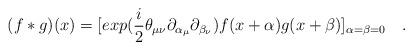
LaTeX: \begin{align*}(f*g)(x) = [exp(\frac{i}{2} \theta_{\mu \nu}\partial_{\alpha_{\mu}} \partial_{\beta_{\nu}})f(x + \alpha) g(x+\beta)]_{\alpha=\beta=0} ~~~.\end{align*}